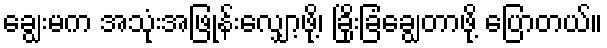
ချွေးမက အသုံးအဖြုန်းလျှော့ဖို့၊ ခြိုးခြံချွေတာဖို့ ပြောတယ်။